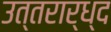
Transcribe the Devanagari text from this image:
उत्तरार्ध्द